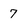
Character: 7